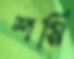
শমি